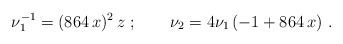
\begin{align*}\nu_1^{-1}= ( 864\,x)^2 \, z \ ;\qquad \nu_2= 4 \nu_1 \, (-1 + 864\,x)\ . \end{align*}